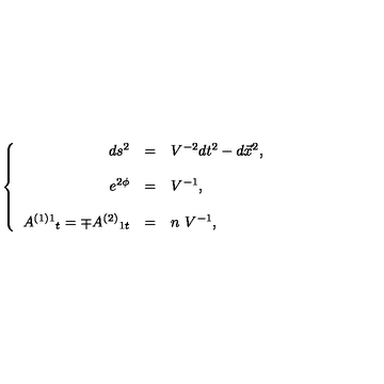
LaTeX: \left\{ \begin{array} { r c l } { d s ^ { 2 } } & { = } & { V ^ { - 2 } d t ^ { 2 } - d \vec { x } ^ { 2 } , } \\ { } & { } & { } \\ { e ^ { 2 \phi } } & { = } & { V ^ { - 1 } , } \\ { } & { } & { } \\ { A ^ { ( 1 ) 1 } { } _ { t } = \mp A ^ { ( 2 ) } { } _ { 1 t } } & { = } & { n \ V ^ { - 1 } , } \\ \end{array} \right.